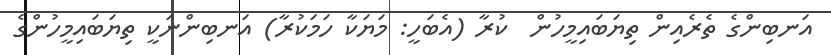
އަނބިންގެ ތެރެއިން ތިޔަބައިމީހުން  ކުރާ (އެބަހީ: މަޔަކާ ހަމަކުރާ) އަނބިންނަކީ ތިޔަބައިމީހުންގެ